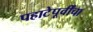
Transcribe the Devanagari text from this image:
पहाटेपूर्वींचा